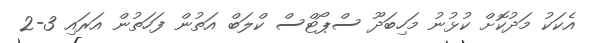
އެކަކު މަދުކޮށް ކުޅުނު މަހިބަދޫ ސްޕޯޓްސް ކްލަބް އަތުން ފަހަތުން އަރައި 3-2